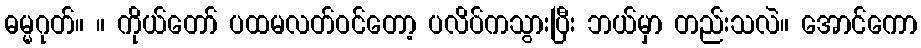
ဓမ္မဂုတ်။ ။ ကိုယ်တော် ပထမလတ်ဝင်တော့ ပလိပ်ကသွားပြီး ဘယ်မှာ တည်းသလဲ။ အောင်ကော